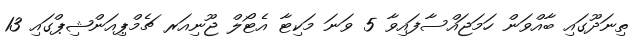
ތިނަދޫގައި ބާއްވަން ހަމަޖައްސާފައިވާ 5 ވަނަ މަކިޓާ އެޓޯލް ޖޫނިއަރ ޗެމްޕިއަންޝިޕްގައި 13